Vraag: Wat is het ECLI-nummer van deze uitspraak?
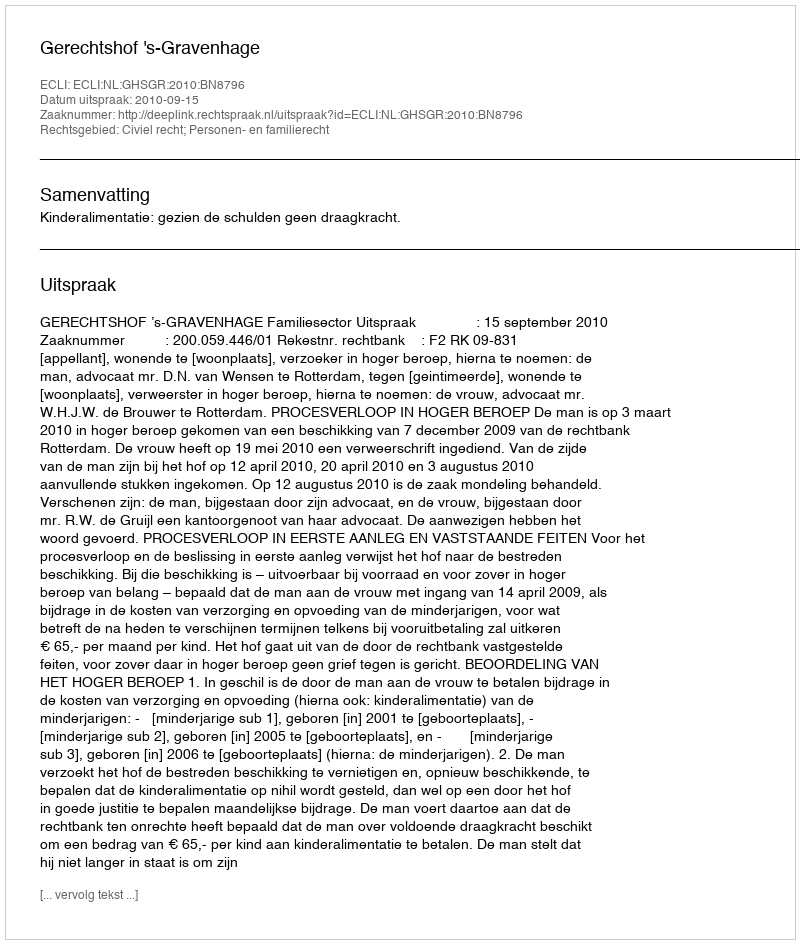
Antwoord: ECLI:NL:GHSGR:2010:BN8796